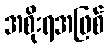
အစိုးရအဖြစ်